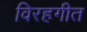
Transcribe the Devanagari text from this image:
विरहगीत